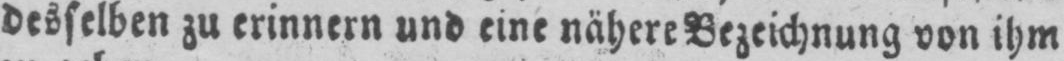
desselben zu erinnern und eine nähere Bezeichnung von ihm